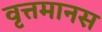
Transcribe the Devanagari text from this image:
वृत्तमानस